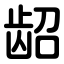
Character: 龆